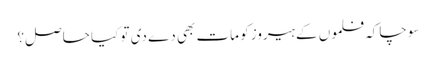
سوچا کہ فلموں کے ہیروز کو مات بھی دے دی تو کیا حاصل؟